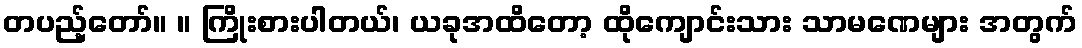
တပည့်တော်။ ။ ကြိုးစားပါတယ်၊ ယခုအထိတော့ ထိုကျောင်းသား သာမဏေများ အတွက်